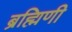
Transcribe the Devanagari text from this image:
ब्रह्मिणी